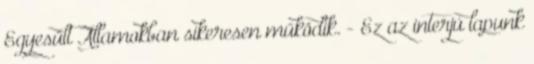
Egyesült Államokban sikeresen működik. - Ez az interjú lapunk